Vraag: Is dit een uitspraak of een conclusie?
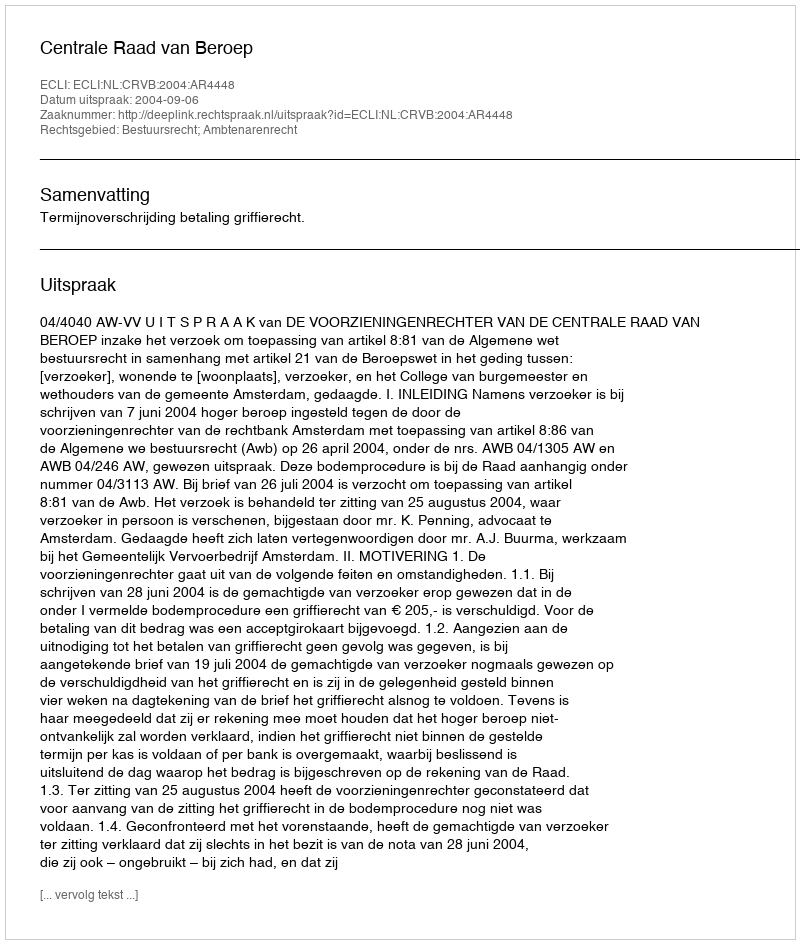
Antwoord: Uitspraak